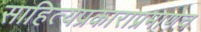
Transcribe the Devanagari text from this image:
साहित्यप्रकाराप्रमाणेच